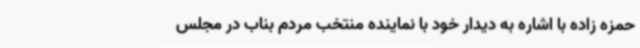
حمزه زاده با اشاره به دیدار خود با نماینده منتخب مردم بناب در مجلس